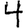
Digit: 4